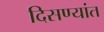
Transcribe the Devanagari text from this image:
दिसण्यांत